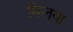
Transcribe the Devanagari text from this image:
मिलया